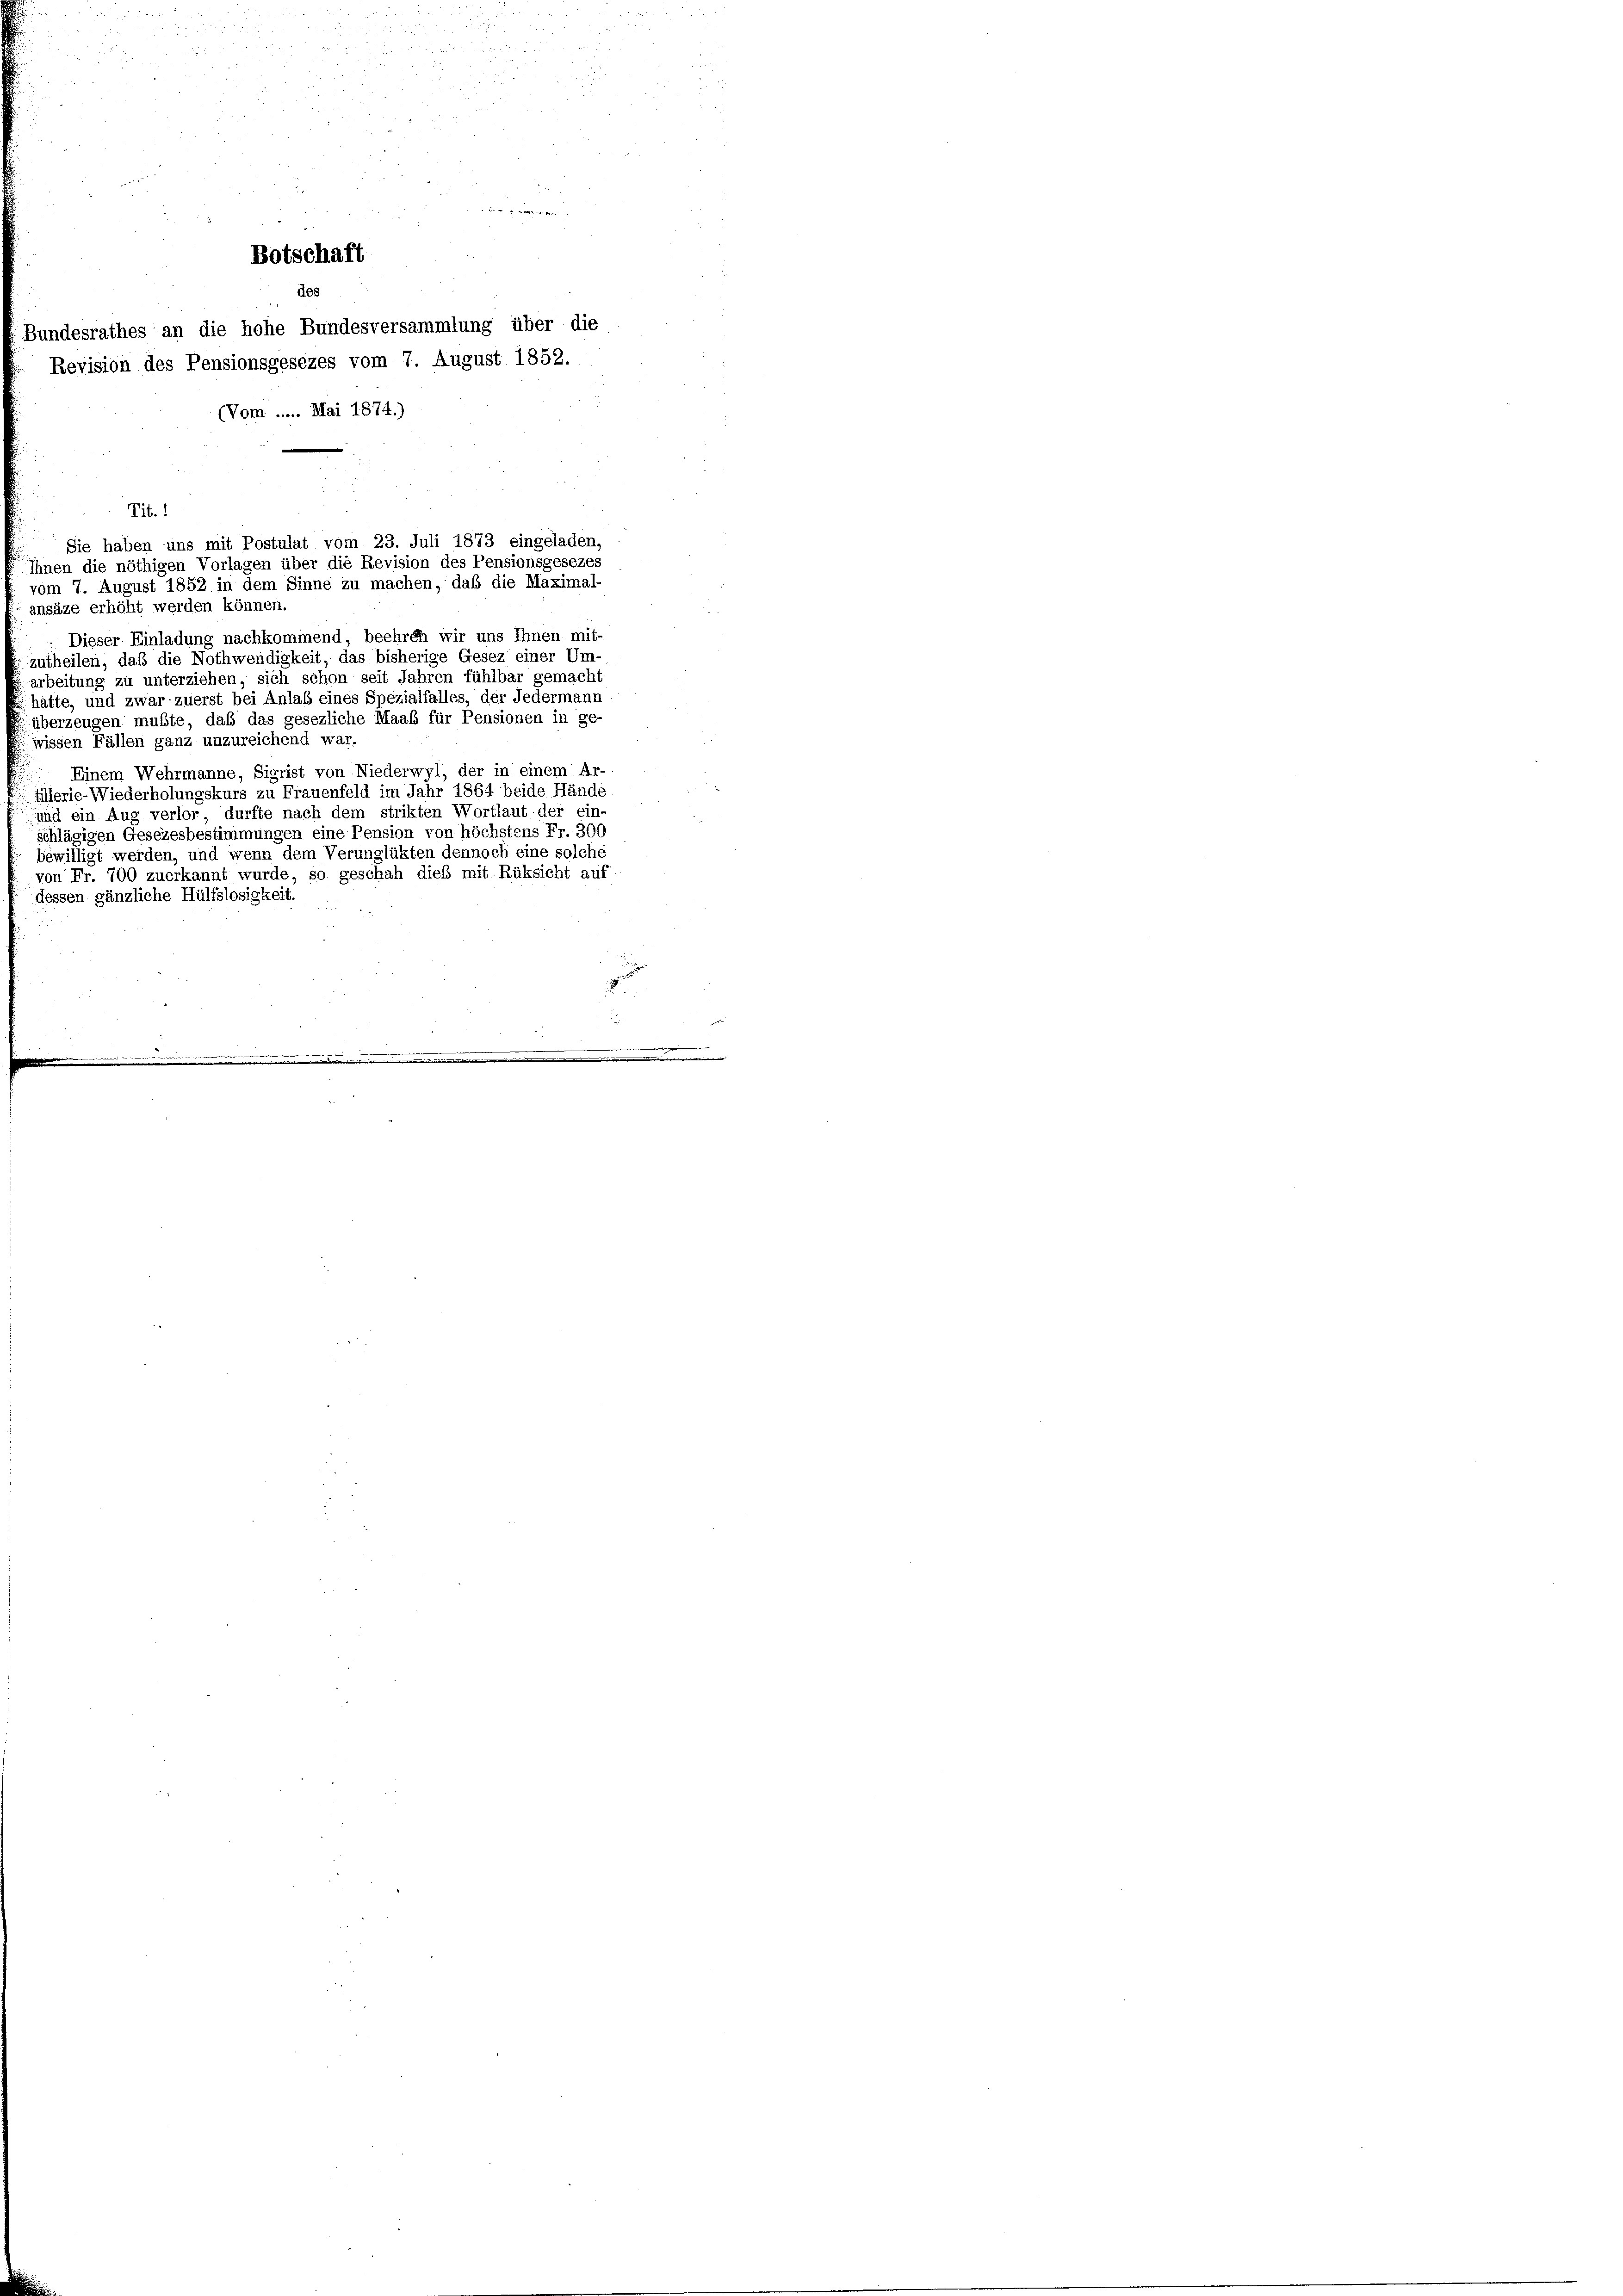
Botschaft

Bundesrathes an die hohe Bundesversammlung über die
Revision des Pensionsgesezes vom 7. August 1852.
(Vom ..... Mai 1874.)
Ihnen die nöthigen Vorlagen über die Revision des Pensionsgesezes
vom 7. August 1852 in dem Sinne zu machen, daß die Maximal-
ansäze erhöht werden können.
Dieser Einladung nachkommend, beehren wir uns Ihnen mit-
zutheilen, daß die Nothwendigkeit, das bisherige Gesez einer Um-
arbeitung zu unterziehen, sich schon seit Jahren fühlbar gemacht
hätte, und zwar zuerst bei Anlaß eines Spezialfalles, der Jedermann
überzeugen mußte, daß das gesezliche Maaß für Pensionen in ge-
wissen Fällen ganz unzureichend war.
Einem Wehrmanne, Sigrist von Niederwyl, der in einem Ar-
fillerie-Wiederholungskurs zu Frauenfeld im Jahr 1864 beide Hände
und ein Aug verlor, durfte nach dem strikten Wortlaut der ein-
schlägigen Gesezesbestimmungen eine Pension von höchstens Fr. 300
bewilligt werden, und wenn dem Verunglükten dennoch eine solche
von Fr. 700 zuerkannt wurde, so geschah dieß mit Rüksicht auf
dessen gänzliche Hülfslosigkeit.

des

Tit. 1
Sie haben uns mit Postulat vom 23. Juli 1873 eingeladen,